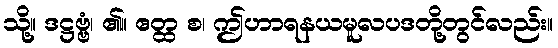
သို့။ ဒဋ္ဌဗ္ဗံ၊ ၏။ ဧတ္ထ စ၊ ဤဟာရနယမူလပဒတို့တွင်လည်း။